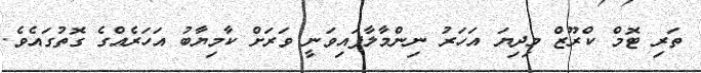
ތަރި ޓޮމް ކްރޫޒް މިދިޔަ އަހަރު ނިންމާލާފައިވަނީ ވަރަށް ކާމިޔާބު އަހަރެއްގެ ގޮތުގައެވެ.